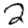
Digit: 2